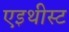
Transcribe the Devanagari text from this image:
एइथीस्ट